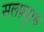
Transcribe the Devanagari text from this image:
सलफ़्यूरस